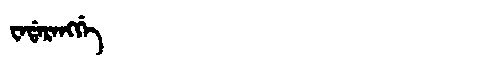
Manchu: ᠸᠠᡩᠠᡵᠠᠩᡤᡝ
Romanization: WADARANGGE